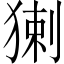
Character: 𤟰